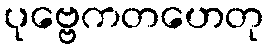
ပုဗ္ဗေကတဟေတု